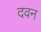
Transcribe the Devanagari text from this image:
दवन